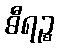
ဓီရဉ္စ